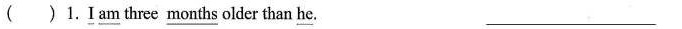
( ) 1.\underline{I} \underline{am} three \underline{months} older than \underline{he}. ___